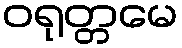
ဝရုတ္တမေ